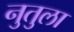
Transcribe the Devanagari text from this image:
नुतुला